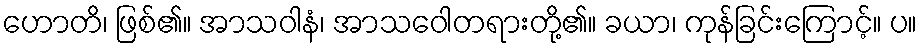
ဟောတိ၊ ဖြစ်၏။ အာသဝါနံ၊ အာသဝေါတရားတို့၏။ ခယာ၊ ကုန်ခြင်းကြောင့်။ ပ။